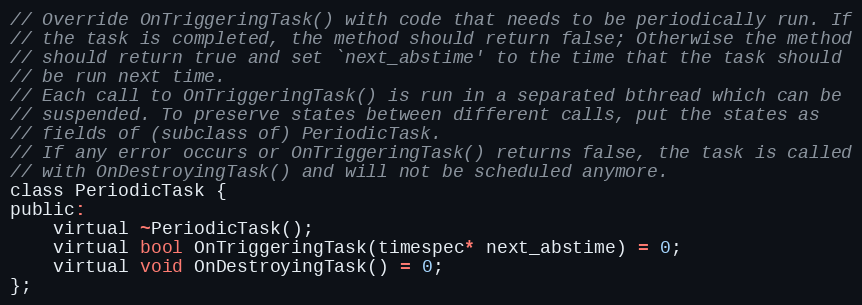
Language: C
// Override OnTriggeringTask() with code that needs to be periodically run. If
// the task is completed, the method should return false; Otherwise the method
// should return true and set `next_abstime' to the time that the task should
// be run next time.
// Each call to OnTriggeringTask() is run in a separated bthread which can be
// suspended. To preserve states between different calls, put the states as
// fields of (subclass of) PeriodicTask.
// If any error occurs or OnTriggeringTask() returns false, the task is called
// with OnDestroyingTask() and will not be scheduled anymore.
class PeriodicTask {
public:
    virtual ~PeriodicTask();
    virtual bool OnTriggeringTask(timespec* next_abstime) = 0;
    virtual void OnDestroyingTask() = 0;
};